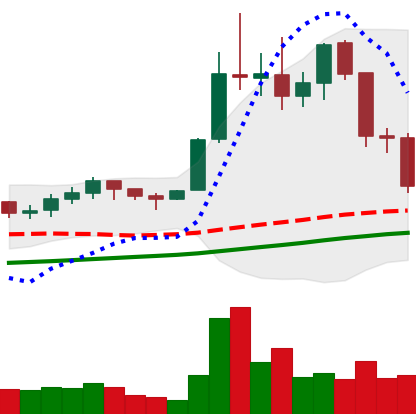
Ticker: LTC-USD
Chart end date: 2021-11-18
Forward return: 5.854%
Label: up_5_7